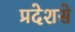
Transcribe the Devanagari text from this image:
प्रदेशसे